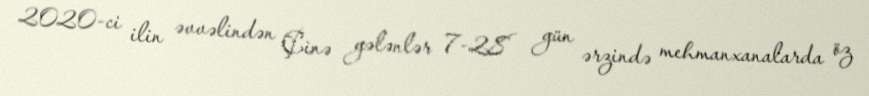
2020-ci ilin əvvəlindən Çinə gələnlər 7-28 gün ərzində mehmanxanalarda öz